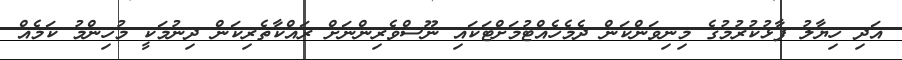
އަދި ހިޔާލު ފާޅުކުރުމުގެ މިނިވަންކަން ދެމެހެއްޓުމަށްޓަކައި ނޫސްވެރިންނަށް ރައްކާތެރިކަން ދިނުމަކީ މުހިންމު ކަމެއް